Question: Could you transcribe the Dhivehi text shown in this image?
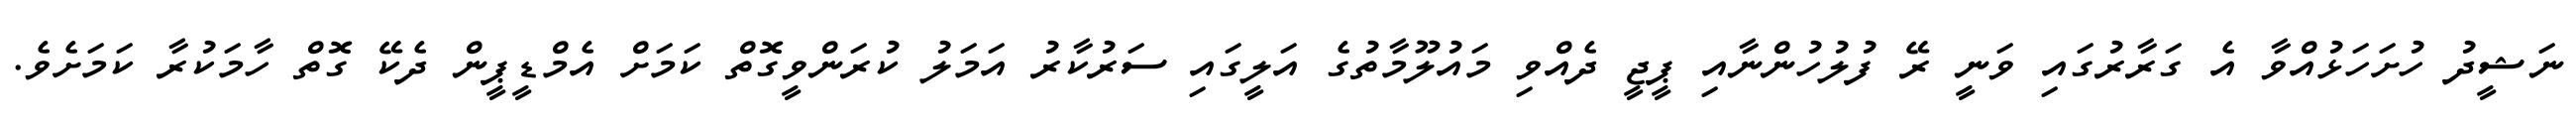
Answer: ނަޝީދު ހުށަހަޅުއްވާ އެ ގަރާރުގައި ވަނީ ރޭ ފުލުހުންނާއި ޕީޖީ ދެއްވި މައުލޫމާތުގެ އަލީގައި ސަރުކާރު އަމަލު ކުރަންވީގޮތް ކަމަށް އެމްޑީޕީން ދެކޭ ގޮތް ހާމަކުރާ ކަމަށެވެ.